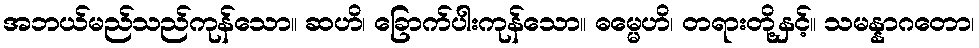
အဘယ်မည်သည်ကုန်သော။ ဆဟိ၊ ခြောက်ပါးကုန်သော။ ဓမ္မေဟိ၊ တရားတို့နှင့်။ သမန္နာဂတော၊